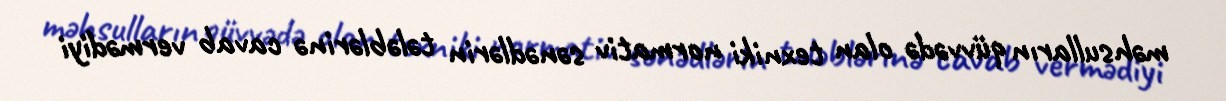
məhsulların qüvvədə olan texniki normativ sənədlərin tələblərinə cavab vermədiyi